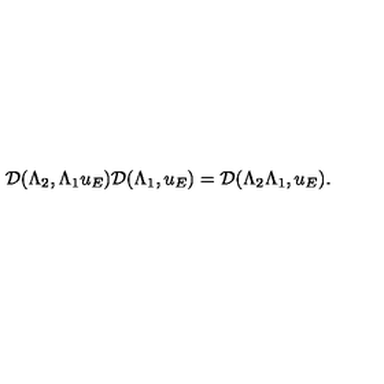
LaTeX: \mathcal { D } ( { \Lambda } _ { 2 } , { \Lambda } _ { 1 } u _ { E } ) \mathcal { D } ( { \Lambda } _ { 1 } , u _ { E } ) = \mathcal { D } ( { \Lambda } _ { 2 } { \Lambda } _ { 1 } , u _ { E } ) .